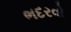
ભદરવો